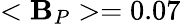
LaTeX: <\mathbf{B}_{P}>=0.07